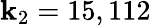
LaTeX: \mathbf{k}_{2}=15,112